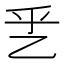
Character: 乯